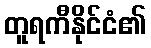
တူရကီနိုင်ငံ၏